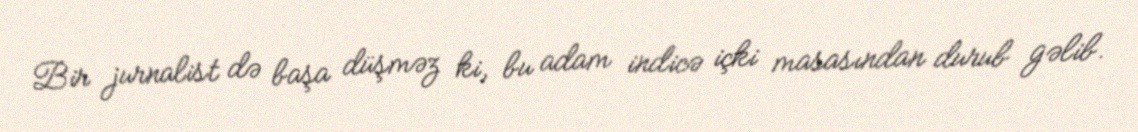
Bir jurnalist də başa düşməz ki, bu adam indicə içki masasından durub gəlib.